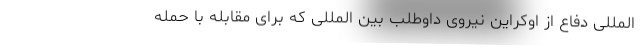
المللی دفاع از اوکراین نیروی داوطلب بین المللی که برای مقابله با حمله